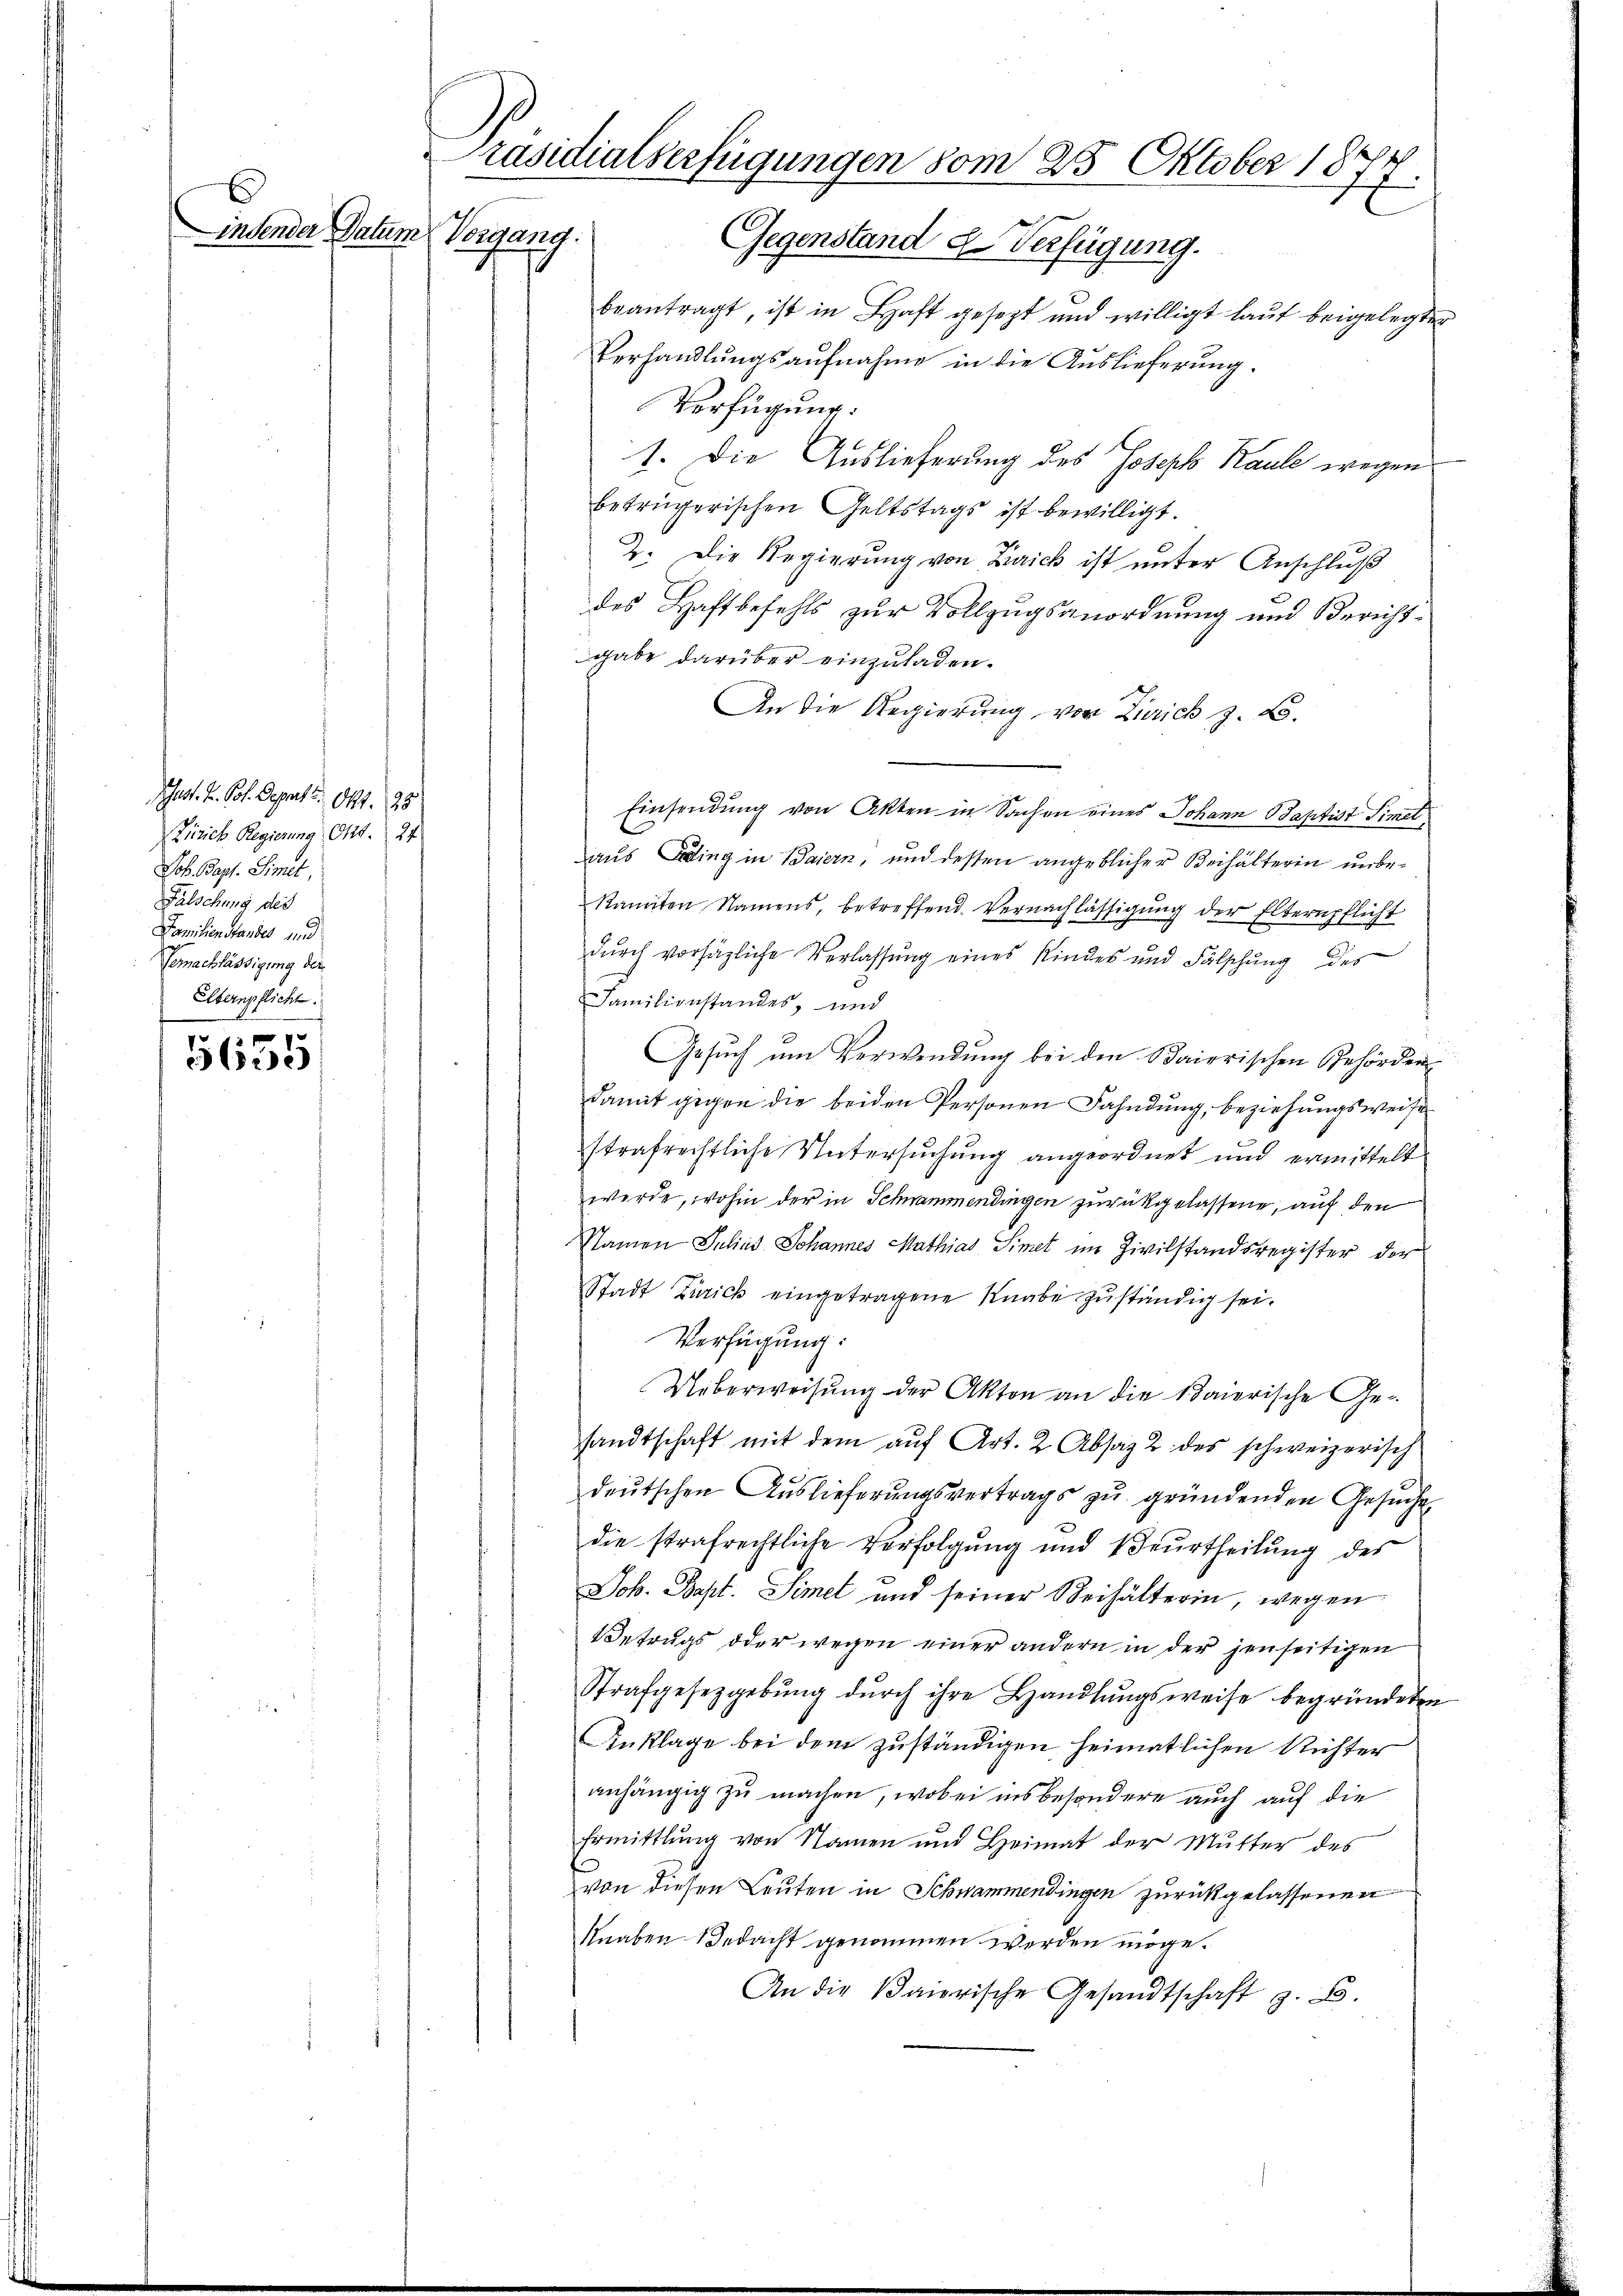
ust. H. Pot. Deputt Okt. 25
 Zürich Regierung Okt. 24
Job. Bapt. Simet
Fälschung des
Familienstandes und
Gerachlässigung der
Elternpflicht.

5655

Präsidialverfügungen vom 25. Oktober 1877.
indender Datum
Vorgang. Gegenstand d. Verfügung.
beantragt, ist in Haft gesezt und willigt laut beigelegter

Verhandlungsaufnahme in die Auslieferung.
Verfügung:
1. Die Auslieferung des Joseph Kaule wegen
betrügerischen Geltstags ist bewilligt.
2. Die Regierung von Zürich ist unter Anschluß
des Haftbefehls zur Vollzugsanordnung und Berichtgabe darüber einzuladen.
An die Regierung von Zürich z. B.
Einsendung von Akten in Sachen eines Johann aptist Simel
aus Beding in Baiern, und dessen angeblicher Beihälterin unbe¬
Ranten Namens, betreffend Vernachlässigung der Elternpflicht
durch vorsägliche Verlassung eines Kindes und Fälschung des
Familienstandes, und
Gesuch um Verwendung bei den Baierischen Gehörden
damit gegen die beiden Personen Fahndung, beziehungsweise
strafrechtliche Untersuchung angeordnet und ermittelt
werde, wohin der in Schnammendingen zurückgelassene, auf den
Namen Julius Johannes Mathias Simet im Zivilstandsregister der
Stadt Zürich eingetragene Knabe zuständig sei.
Verfügung:
Ueberweisung der Akten an die Baierische Gesandtschaft mit dem auf Art. 2. Absatz 2 des schweizerisch
deŭtschen Auslieferŭngsvertrags zu gründenden Gesuche
die strafrechtliche Verfolgung und Beurtheilŭng des
Joh. Bapt. Simet und seiner Beihälterin, wegen
Betrugs oder wegen einer andern in der jenseitigen
Strafgesetzgebŭng dŭrch ihre Handlŭngsweise begründeten
Anklage bei dem zuständigen heimatlichen Richter
anhängig zu machen, wobei insbesondere auch auf die
Ermittlung von Namen und Heimat der Mutter des
von diesen Leuten in Schwammendingen zurückgelassenen
Knaben Bedacht genommen werden möge.
An die Baierische Gesandtschaft z. B.